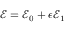
\mathcal { E } = \mathcal { E } _ { 0 } + \epsilon \mathcal { E } _ { 1 }